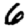
Digit: 6